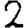
Digit: 2